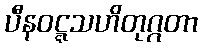
ပီနဝဋ္ဋသဟိတုဂ္ဂတာ